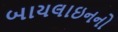
બાયલાઇનનો